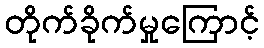
တိုက်ခိုက်မှုကြောင့်